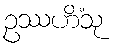
ဥဿဟိံသု